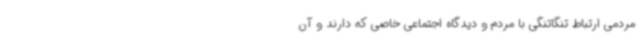
مردمی ارتباط تنگاتنگی با مردم و دیدگاه اجتماعی خاصی که دارند و آن